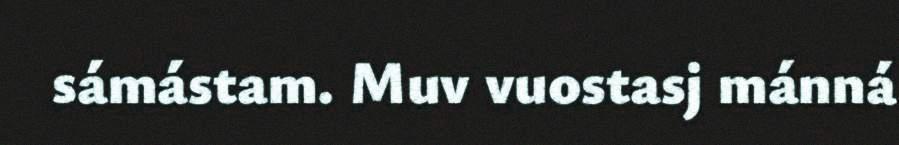
sámástam. Muv vuostasj mánná